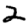
Digit: 2